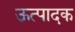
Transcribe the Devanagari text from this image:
ऊत्पादक